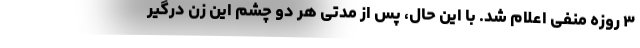
۳ روزه منفی اعلام شد. با این حال، پس از مدتی هر دو چشم این زن درگیر